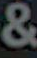
&